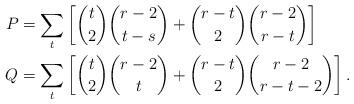
LaTeX: \begin{align*} P &= \sum_t \left[ \binom{t}{2}\binom{r-2}{t-s} + \binom{r-t}{2}\binom{r-2}{r-t}\right]\\ Q &= \sum_t \left[ \binom{t}{2}\binom{r-2}{t} + \binom{r-t}{2}\binom{r-2}{r-t-2}\right]. \end{align*}